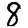
Digit: 8